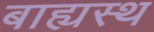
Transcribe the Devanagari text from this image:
बाह्यस्थ